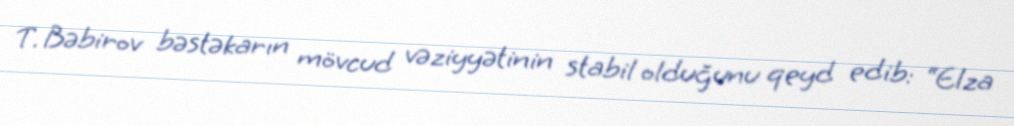
T. Bəbirov bəstəkarın mövcud vəziyyətinin stabil olduğunu qeyd edib: “Elza